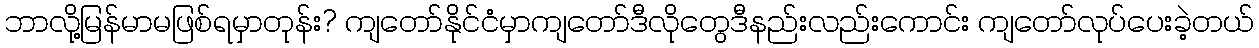
ဘာလို့မြန်မာမဖြစ်ရမှာတုန်း? ကျတော်နိုင်ငံမှာကျတော်ဒီလိုတွေဒီနည်းလည်းကောင်း ကျတော်လုပ်ပေးခဲ့တယ်